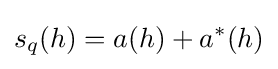
s_{q}(h)={a(h)+a^{*}(h)}